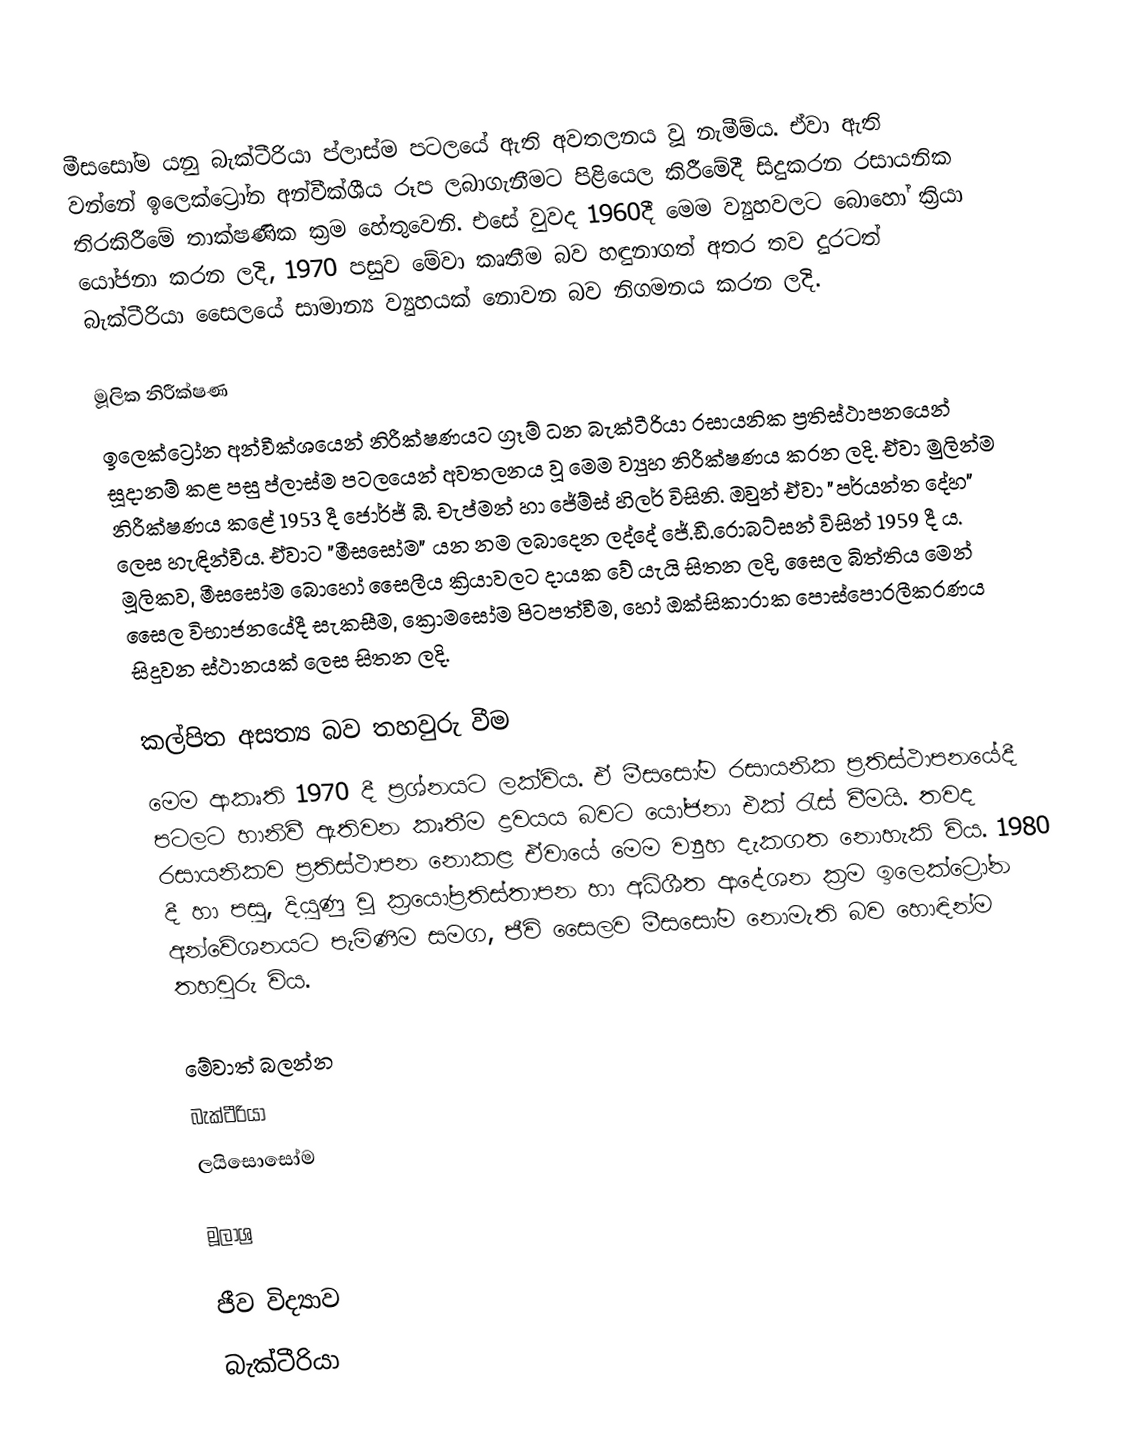
මීසසෝම යනු බැක්ටීරියා ප්ලාස්ම පටලයේ ඇති අවතලනය වූ නැමීම්ය. ඒවා ඇති වන්නේ ඉලෙක්ට්‍රෝන අන්වීක්ශීය රූප ලබාගැනීමට පිළියෙල කිරීමේදී සිදුකරන රසායනික තිරකිරීමේ තාක්ෂණික ක්‍රම හේතුවෙනි. එසේ වුවද 1960දී මෙම ව්‍යුහවලට බොහෝ ක්‍රියා යෝජනා කරන ලදි, 1970 පසුව මේවා කෘතීම බව හඳුනාගත් අතර තව දුරටත් බැක්ටීරියා සෛලයේ සාමාන්‍ය ව්‍යුහයක් නොවන බව නිගමනය කරන ලදි.

මූලික නිරීක්ෂණ
ඉලෙක්ට්‍රෝන අන්වීක්ශයෙන් නිරීක්ෂණයට ග්‍රෑම් ධන බැක්ටීරියා රසායනික ප්‍රතිස්ථාපනයෙන් සූදානම් කළ පසු ප්ලාස්ම පටලයෙන් අවතලනය වූ මෙම ව්‍යුහ නිරීක්ෂණය කරන ලදි. ඒවා මුලින්ම නිරීක්ෂණය කළේ 1953 දී ජොර්ජ් බී. චැප්මන් හා ජේම්ස් හිලර් විසිනි. ඔවුන් ඒවා "පර්යන්ත දේහ" ලෙස හැඳින්වීය. ඒවාට "මීසසෝම" යන නම ලබාදෙන ලද්දේ ජේ.ඩී.රොබට්සන් විසින් 1959 දී ය. මූලිකව, මීසසෝම බොහෝ සෛලීය ක්‍රියාවලට දායක වේ යැයි සිතන ලදි, සෛල බිත්තිය මෙන් සෛල විභාජනයේදී සැකසීම, ක්‍රොමසෝම පිටපත්වීම, හෝ ඔක්සිකාරාක පොස්පොරලීකරණය සිදුවන ස්ථානයක් ලෙස සිතන ලදි.

කල්පිත අසත්‍ය බව තහවුරු වීම
මෙම ආකෘති 1970 දී ප්‍රශ්නයට ලක්විය.  ඒ මීසසෝම රසායනික ප්‍රතිස්ථාපනයේදී පටලට හානිවී ඇතිවන කෘතීම ද්‍රවයය බවට යෝජනා එක්‍ රැස් වීමයි. තවද රසායනිකව ප්‍රතිස්ථාපන නොකළ ඒවායේ මෙම ව්‍යුහ දැකගත නොහැකි විය. 1980 දී හා පසු, දියුණු වූ ක්‍රයෝප්‍රතිස්තාපන හා අධිශීත ආදේශන ක්‍රම ඉලෙක්ට්‍රෝන අන්වේශනයට පැමිණීම සමග, ජීවි සෛලව මීසසෝම නොමැති බව හොඳින්ම තහවුරු විය.

මේවාත් බලන්න
බැක්ටීරියා
ලයිසොසෝම

මූලාශ්‍ර

ජීව විද්‍යාව
බැක්ටීරියා